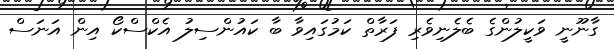
ގާނޫނީ ވަކީލުންގެ ބެލެނިވެރި ފަރާތް ކަމުގައިވާ ބާ ކައުންސިލު އެކްސްކޯ އިން އަނަސް